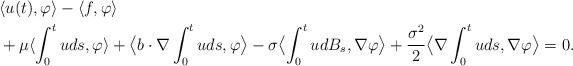
LaTeX: \begin{align*}& \langle u(t),\varphi \rangle - \langle f,\varphi\rangle \\& + \mu\langle \int_0^t u ds,\varphi \rangle + \bigl\langle b \cdot \nabla \int_0^t uds,\varphi \bigr\rangle - \sigma \bigl\langle \int_0^t u dB_s,\nabla \varphi \bigr\rangle + \frac{\sigma^2}{2}\bigl\langle \nabla \int_0^t u ds, \nabla \varphi\bigr\rangle=0. \end{align*}